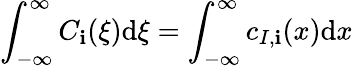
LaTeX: \int_{-\infty}^{\infty}C_{\mathbf{i}}(\xi)\mathrm{{d}}\xi=\int_{-\infty}^{\infty}c_{I,\mathbf{i}}(x)\mathrm{{d}}x